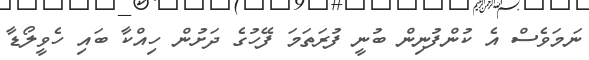
ނަމަވެސް އެ ކުންފުނިން ބުނީ ފުރަތަމަ ފޭހުގެ ދަށުން ހިއްކާ ބައި ހެވީލޯޑާ